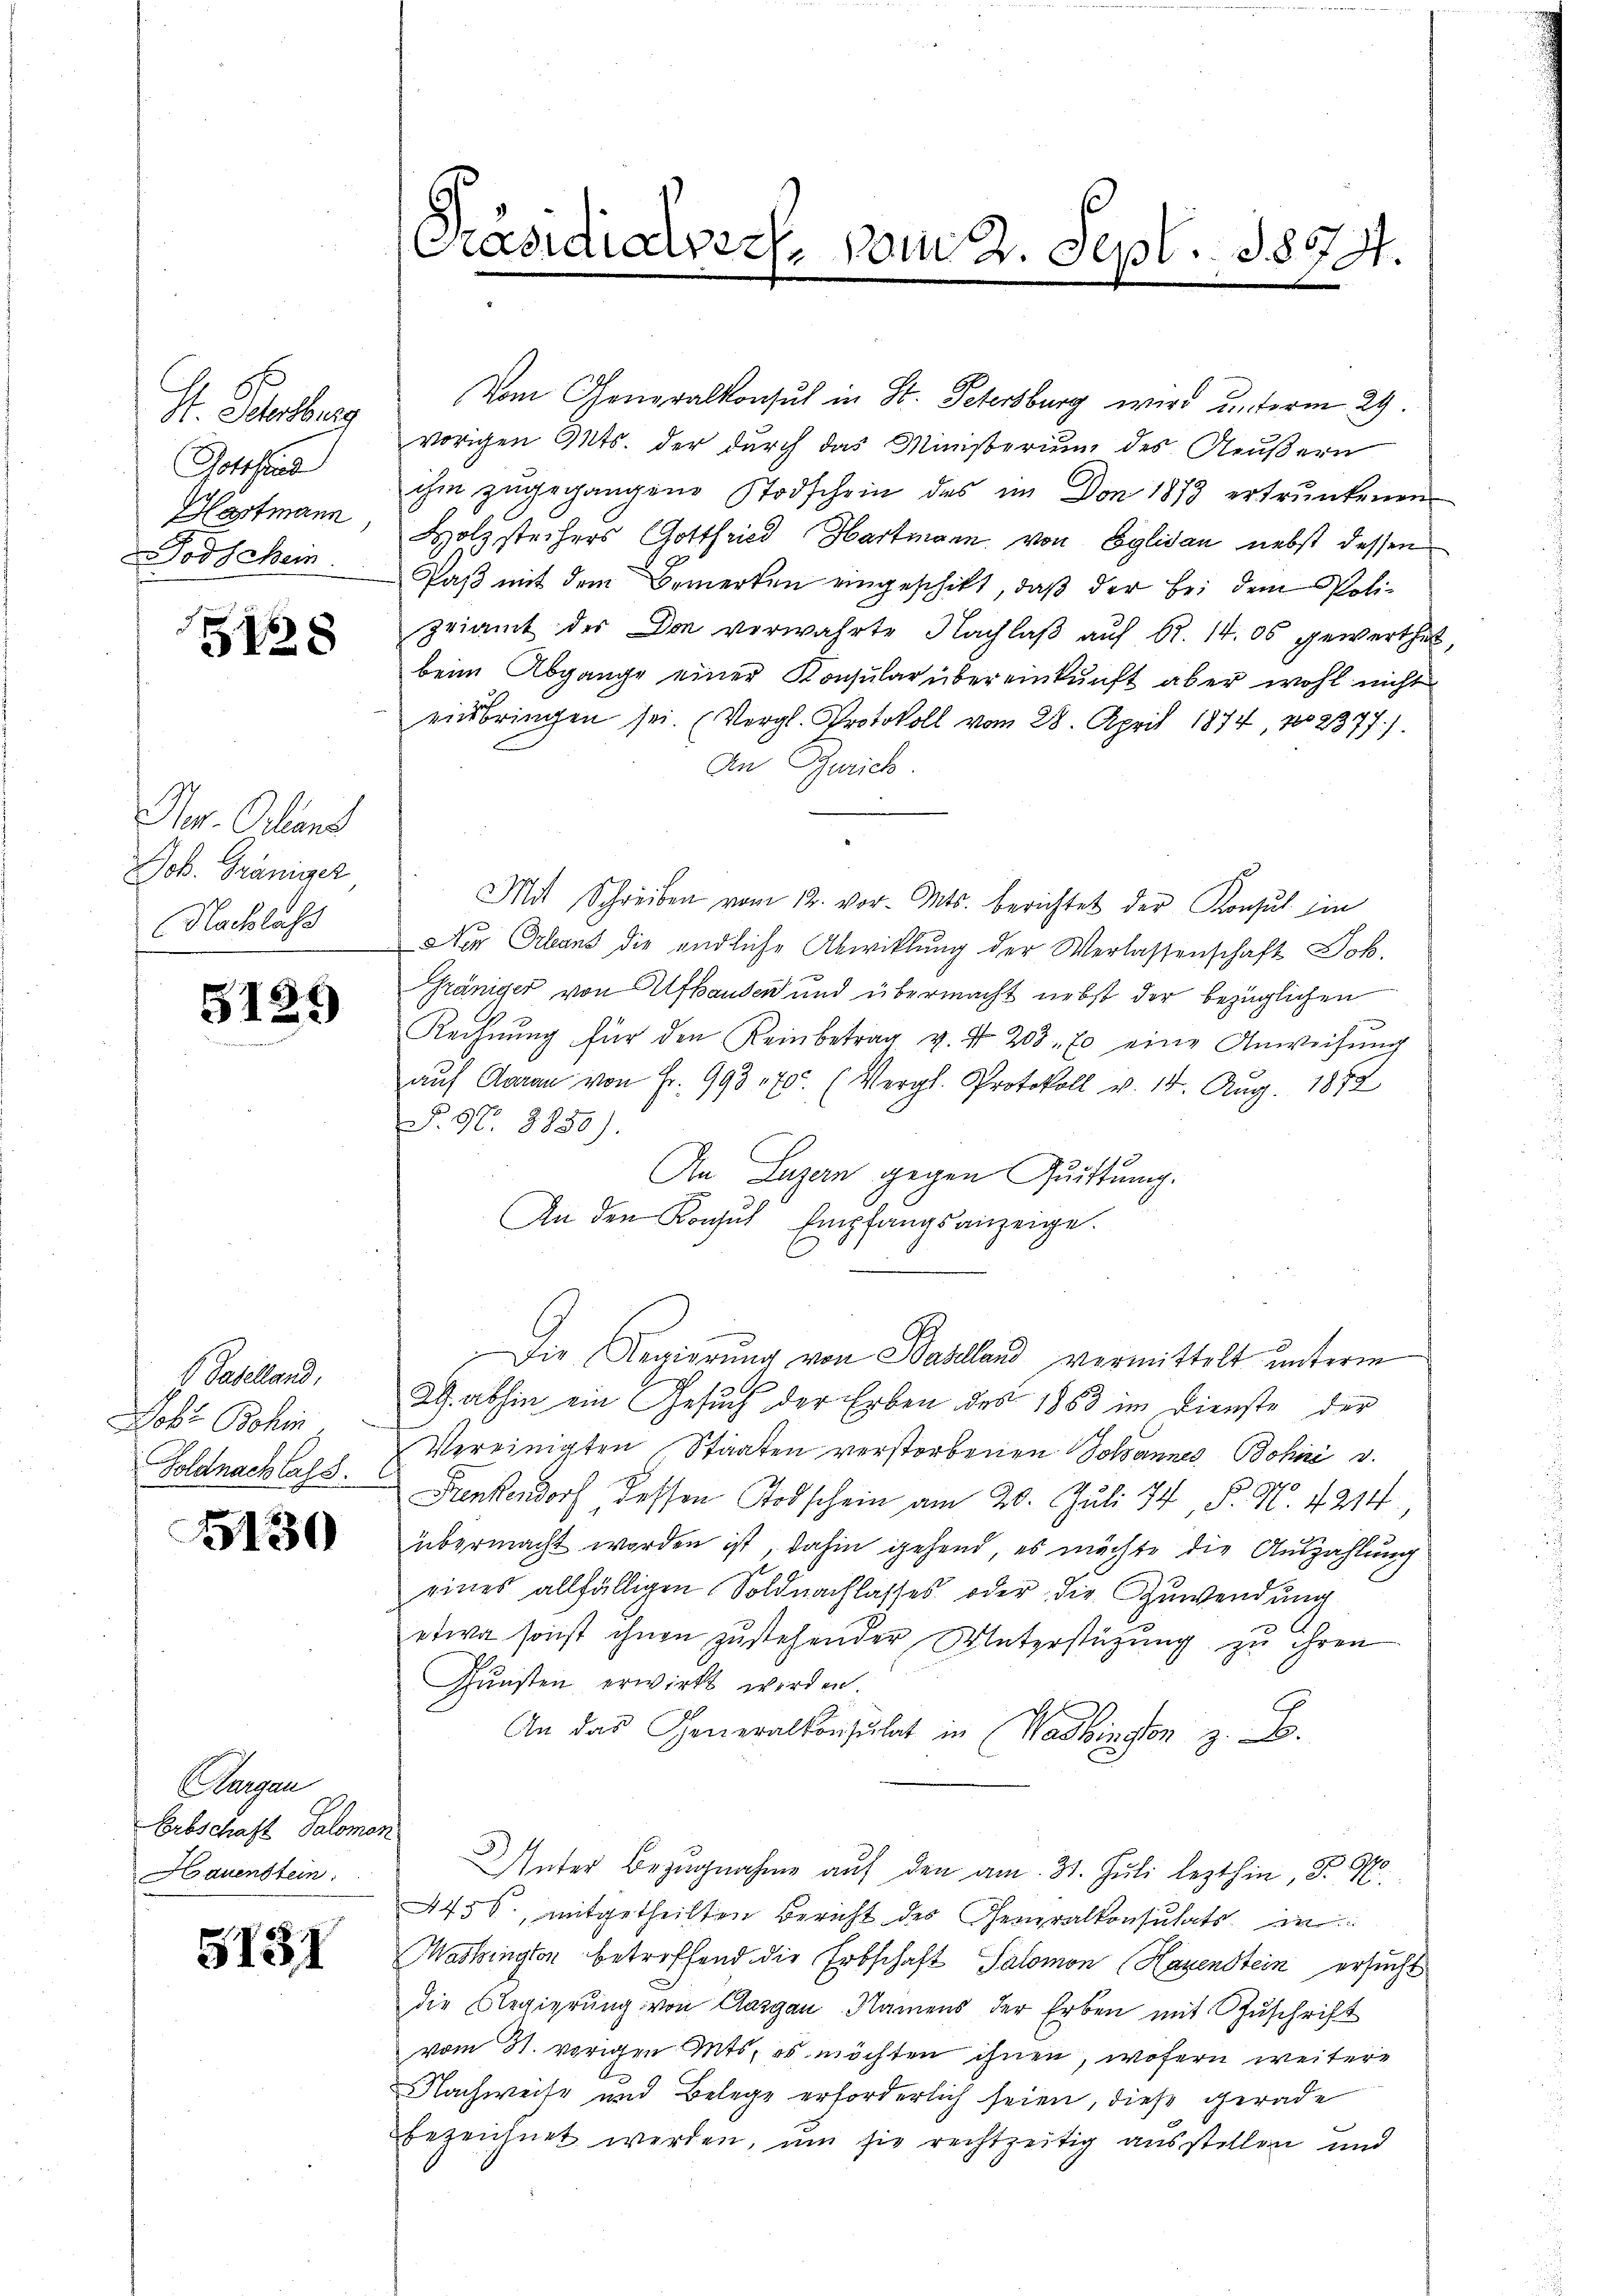
H. Schenburg
Gotthiad
Hartmann
Todschem

5128

Per. Oelend
Job. Gräniger
Nachlass

)
512.

f. Baselland,
Lobr Bohin
Foldnachlass.

5130

Aargau
Erbschaft Salomon
Hauenstein

5131

Präsidialvers. vom 2. Sept. 1874.

Vom Generalkonsul in St. Petersburg wird unterm 29.
vorigen Mts. der durch das Ministerium des Aeußern
ihm zŭgegangene Stodschein des im Don 1873 ertrunkenen
Holzstechers Gottfried Hartmann von Eglisau nebst dessen
Paß mit dem Bemerken eingeschikt, daß der bei dem Polizeiamt der Don verwahrte Nachlaß auf 62. 14. 06 gewerthet
beim Abgange einer Konsular übereinkunft aber wohl nicht
einbringen sei. (Vergl. Protokoll vom 28. April 1874, 12377).
An Zürich.
Mit Schreiben vom 12. vor. Mts. berichtet der Konsul in
Ner Orleans die endliche Abwicklung der Verlassenschaft Joh.
Gräniger von Afhausen und übermacht nebst der bezüglichen
Rechnŭng für den Keinbetrag v. d. 203. 70 eine Anweisŭng
aŭf Aarau von Fr. 993 170 (Vergl. Protokoll v. 14. Aug. 1872
F. 97. 3850).
An Luzern gegen Quittung.
An den Konsul Empfangsanzeige.
Die Regierung von Baselland vermittelt unterm
2. abhin ein Gesuch der Erben des 1853 im Dienste der
Vereinigten Staaten verstorbenen Wohannes Bohne d
Dunkendorf dessen Todschein am 20. Juli 194, P. N. 4214.
übermacht worden ist, dahin gehend, es möchte die Auszahlung
eines allfälligen Soldnachlasses oder die Zuwendŭng
etwa sonst ihnen zustehender Unterstützung zu ihren
Gunsten erwirkt werden.
An das Generalkonsulat in Washingen z. B.
Unter Bezŭgnahme aŭf den am 31. Jŭli lezthin, P. M.
445 f., mitgetheilten Bericht der Generalkonsulats in
Mashingen betreffend die Erbschaft Salomon Hagenstein ersucht
die Begierung von Aargau, Namens der Erben mit Zuschrift
vom 31. vorigen Mts. es möchten ihnen, wofern weitere
Nachweise und Belege erforderlich seien, diese gerade
bezeichnet werden, um sie rechtzeitig ausstellen und